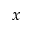
x